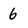
Character: 6